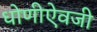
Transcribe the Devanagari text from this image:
धोणीऐवजी